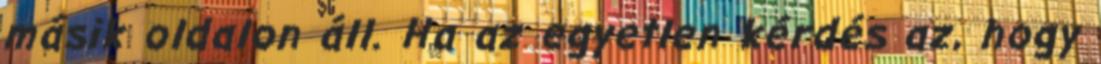
másik oldalon áll. Ha az egyetlen kérdés az, hogy